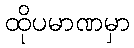
ထိုပမာဏမှာ